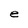
Character: e